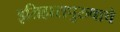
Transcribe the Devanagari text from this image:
इतिहासपुरुषाचे